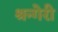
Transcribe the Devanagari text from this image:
श्रन्गेरी